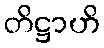
တိဋ္ဌာဟိ